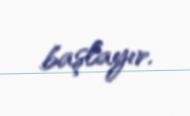
başlayır.